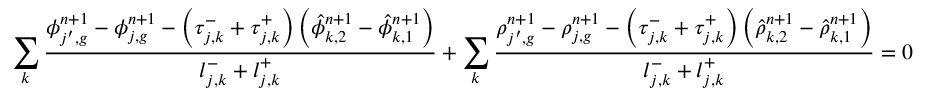
\sum _ { k } \frac { \phi _ { j ^ { \prime } , g } ^ { n + 1 } - \phi _ { j , g } ^ { n + 1 } - \left( \tau _ { j , k } ^ { - } + \tau _ { j , k } ^ { + } \right) \left( \hat { \phi } _ { k , 2 } ^ { n + 1 } - \hat { \phi } _ { k , 1 } ^ { n + 1 } \right) } { l _ { j , k } ^ { - } + l _ { j , k } ^ { + } } + \sum _ { k } \frac { \rho _ { j ^ { \prime } , g } ^ { n + 1 } - \rho _ { j , g } ^ { n + 1 } - \left( \tau _ { j , k } ^ { - } + \tau _ { j , k } ^ { + } \right) \left( \hat { \rho } _ { k , 2 } ^ { n + 1 } - \hat { \rho } _ { k , 1 } ^ { n + 1 } \right) } { l _ { j , k } ^ { - } + l _ { j , k } ^ { + } } = 0